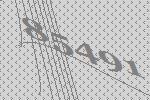
85491